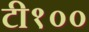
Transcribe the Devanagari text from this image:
टी१००